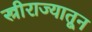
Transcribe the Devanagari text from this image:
स्त्रीराज्यातून